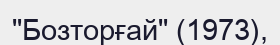
"Бозторғай" (1973),